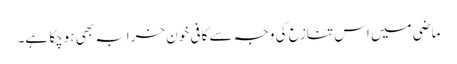
ماضی میں اس تنازع کی وجہ سے کافی خون خرابہ بھی ہوچکا ہے۔